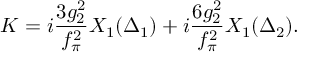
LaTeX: K = i \frac { 3 g _ { 2 } ^ { 2 } } { f _ { \pi } ^ { 2 } } X _ { 1 } ( \Delta _ { 1 } ) + i \frac { 6 g _ { 2 } ^ { 2 } } { f _ { \pi } ^ { 2 } } X _ { 1 } ( \Delta _ { 2 } ) .